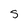
Character: 5